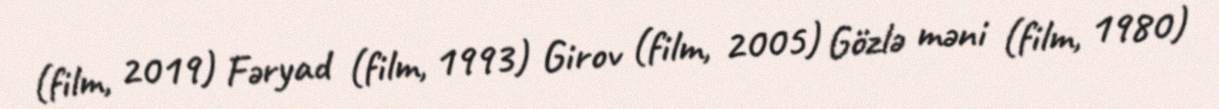
(film, 2019) Fəryad (film, 1993) Girov (film, 2005) Gözlə məni (film, 1980)